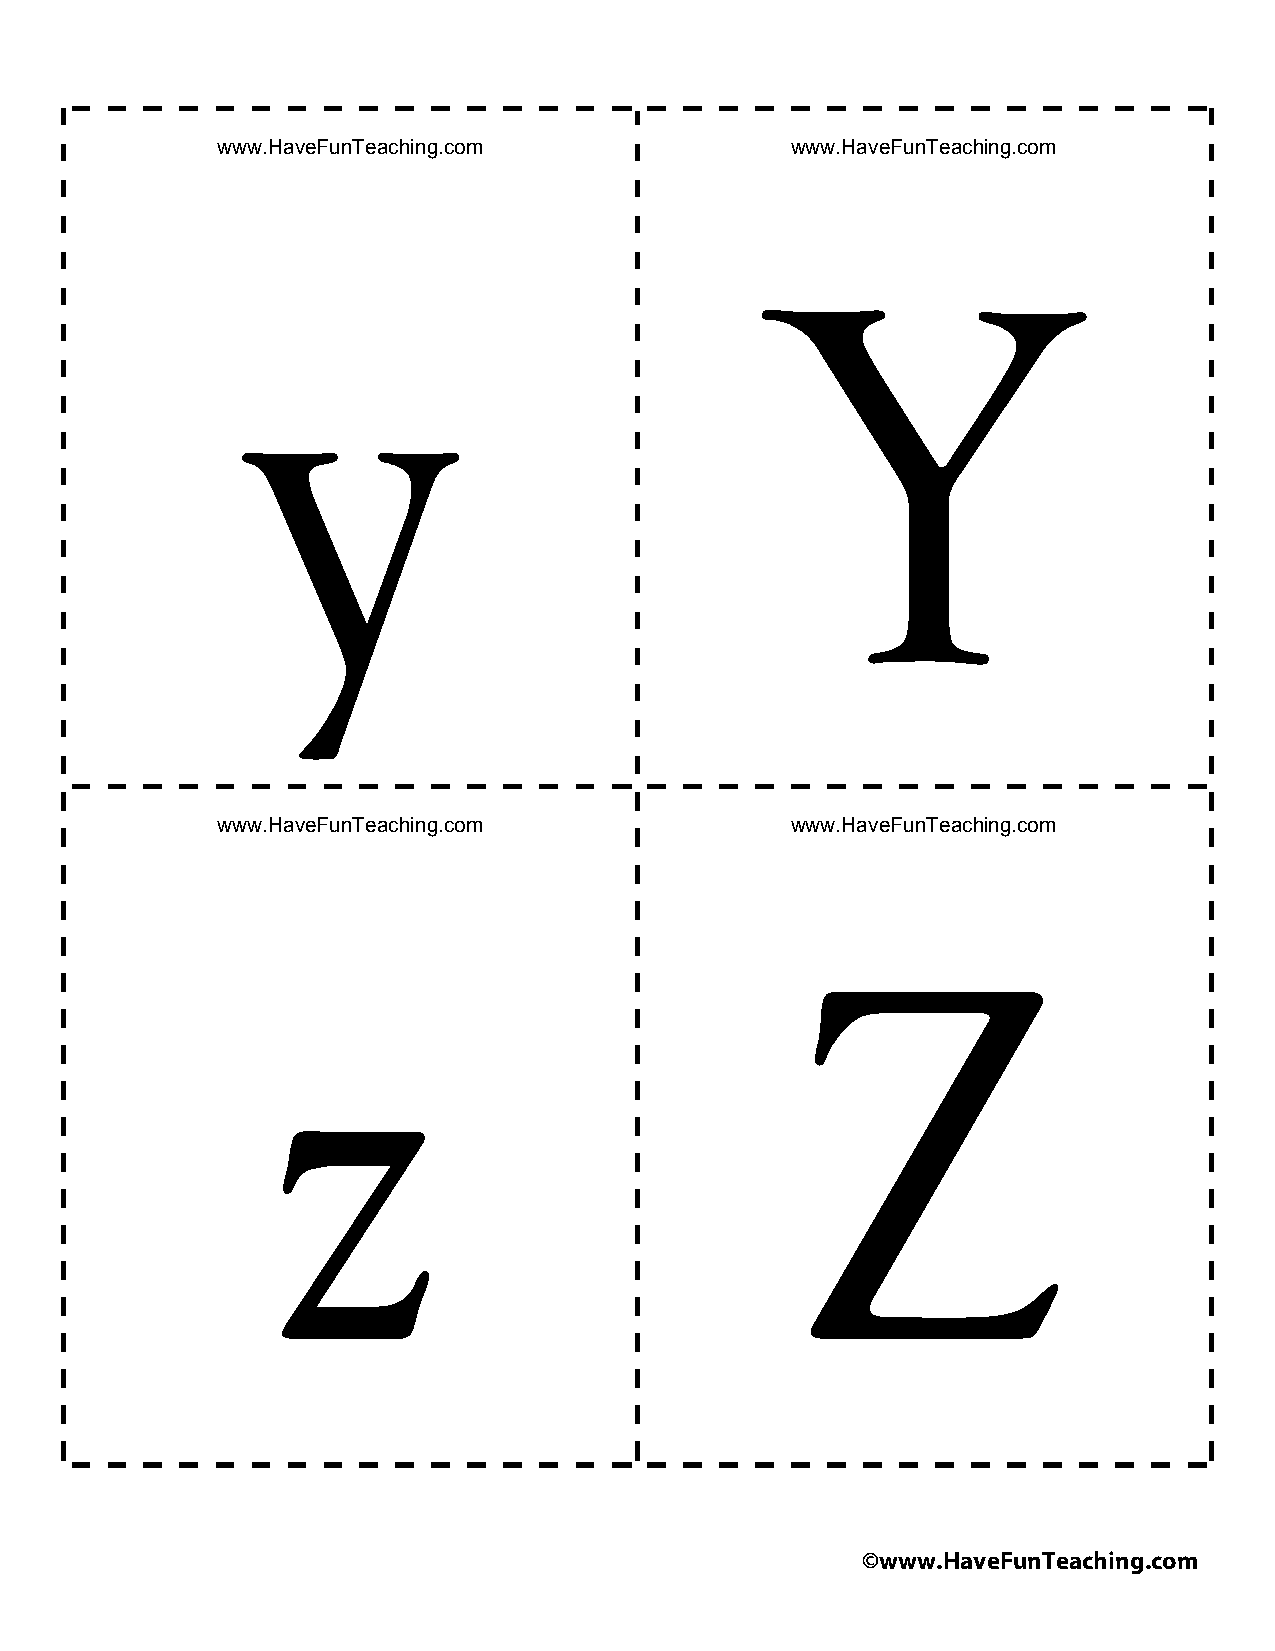
www.HaveFunTeaching.com               www.HaveFunTeaching.com
 www.HaveFunTeaching.com               www.HaveFunTeaching.com
 ©www.HaveFunTeaching.com